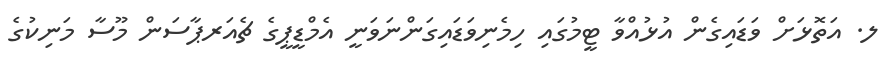
ލ. އަތޮޅަށް ވަޑައިގެން އުޅުއްވާ ޓީމުގައި ހިމެނިވަޑައިގަންނަވަނީ އެމްޑީޕީގެ ޗެއަރޕާސަން މޫސާ މަނިކުގެ